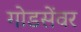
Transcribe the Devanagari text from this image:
गोडसेंवर